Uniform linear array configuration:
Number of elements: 64
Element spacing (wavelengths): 0.25
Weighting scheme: binomial
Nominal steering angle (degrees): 30
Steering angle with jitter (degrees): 28.825
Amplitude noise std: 0.05
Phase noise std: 0.05

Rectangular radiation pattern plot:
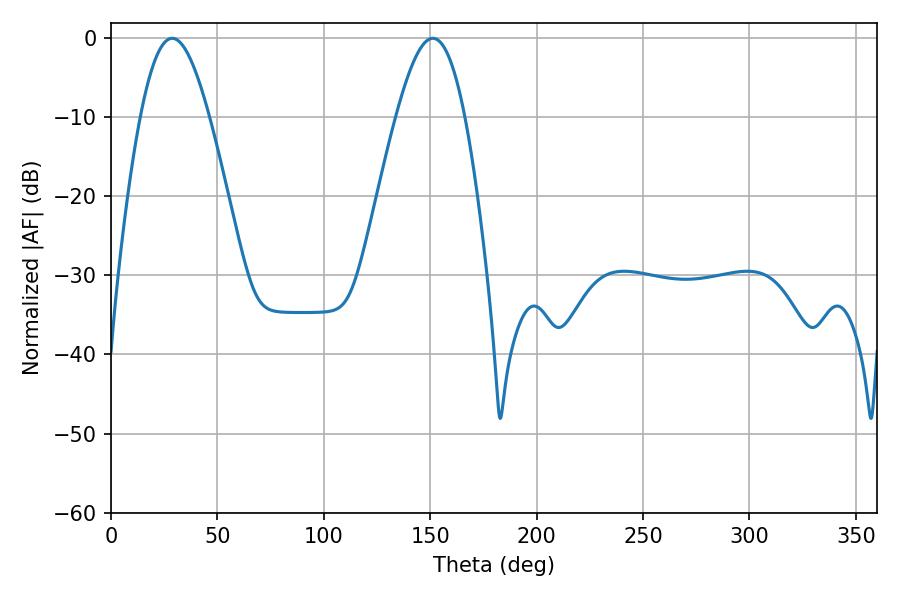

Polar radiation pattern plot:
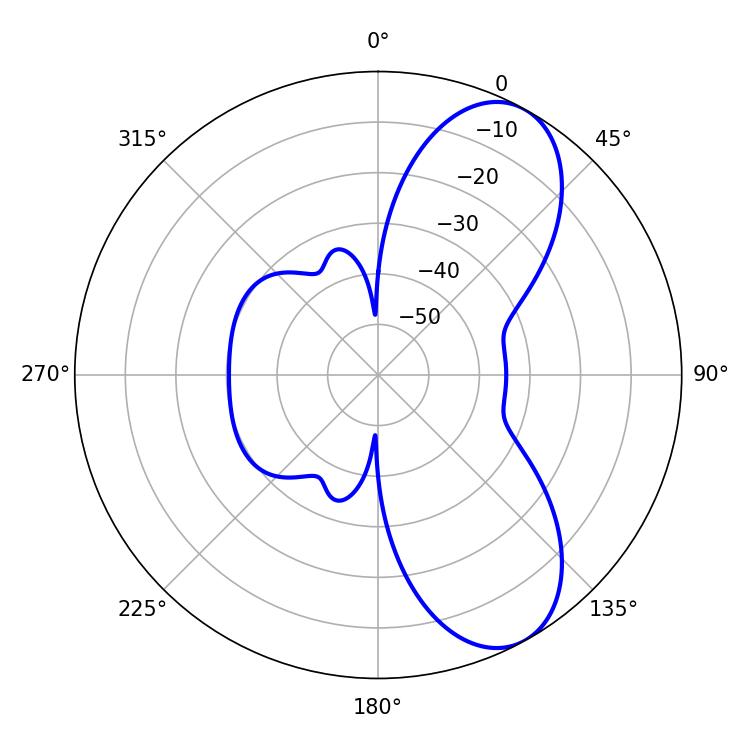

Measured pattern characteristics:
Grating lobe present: FALSE
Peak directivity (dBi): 7.93
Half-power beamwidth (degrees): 17.46
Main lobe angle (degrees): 28.8